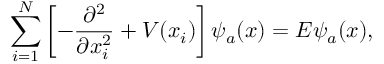
\sum _ { i = 1 } ^ { N } \left[ - \frac { \partial ^ { 2 } } { \partial x _ { i } ^ { 2 } } + V ( x _ { i } ) \right] \psi _ { a } ( x ) = E \psi _ { a } ( x ) ,